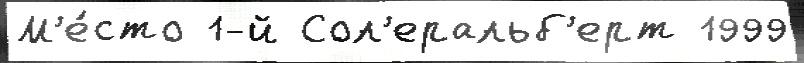
М'е́сто 1-й Сол'еральб'ерт 1999